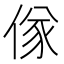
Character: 𬾷